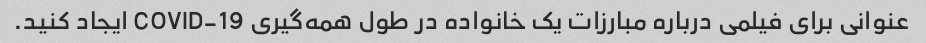
عنوانی برای فیلمی درباره مبارزات یک خانواده در طول همه‌گیری COVID-19 ایجاد کنید.